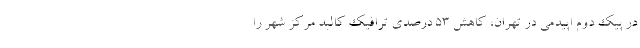
در پیک دوم اپیدمی در تهران، کاهش ۵۳ درصدی ترافیک کالبد مرکز شهر را